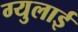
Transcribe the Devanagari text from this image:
ग्युलाई